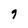
Character: 9